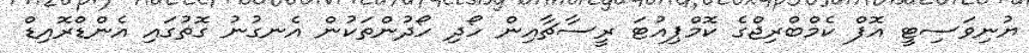
ޔުނިވަސިޓީ އޮފް ކެމްބްރިޖްގެ ކޮމްޕިއުޓަ ރީސާޗާއިން ހޯދި ހޯދުންތަކުން އެނގުނު ގޮތުގައި އެންޑްރޮއިޑް